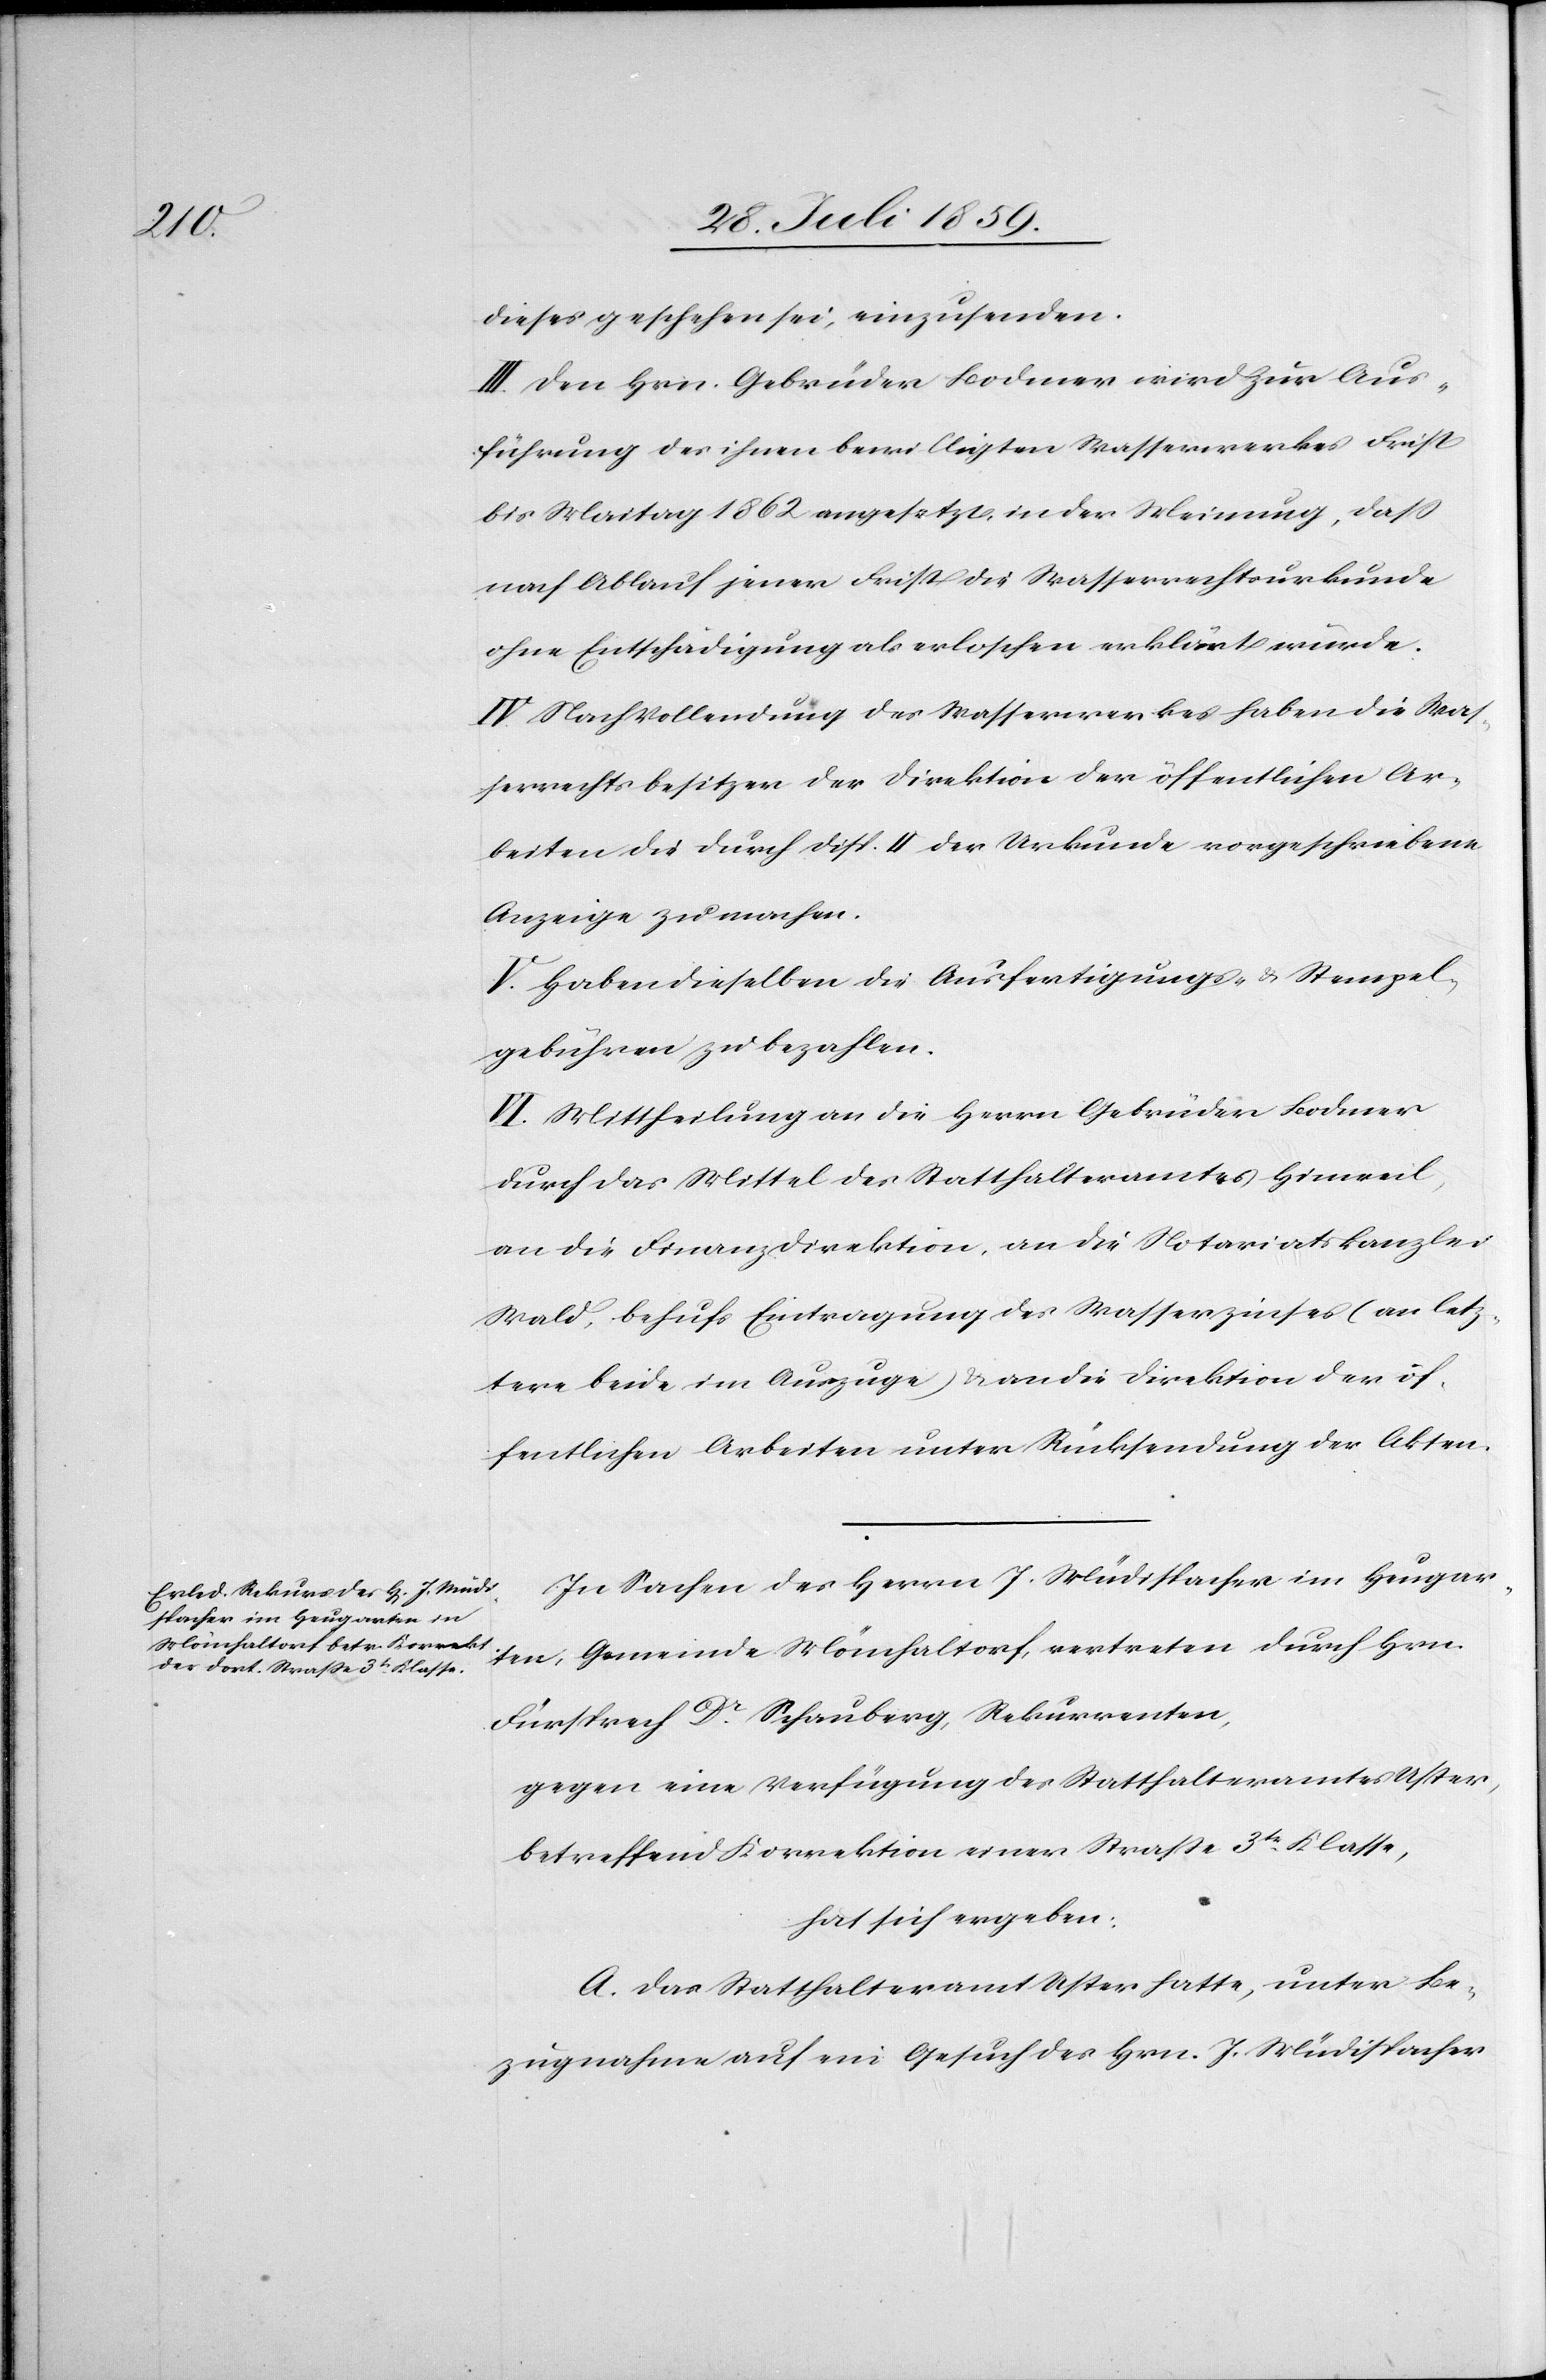
dieses Geschehen sei, einzusenden.
III. Den Hrn. Gebrüder Bodmer wird zur Aus¬
führung des ihnen bewilligten Wasserwerkes Frist
bis Maitag 1862 angesetzt, in der Meinung, daß
nach Ablauf jener Frist die Wasserrechtsurkunde
ohne Entschädigung als erloschen erklärt würde.
IV. Nach Vollendung des Wasserwerkes haben die Was¬
serrechtsbesitzer der Direktion der öffentlichen Ar¬
beiten die durch Disp. II der Urkunde vorgeschriebene
Anzeige zu machen.
V. Haben dieselben die Ausfertigungs- u. Stempel¬
gebühren zu bezahlen.
VI. Mittheilung an die Herren Gebrüder Bodmer
durch das Mittel des Statthalteramtes Hinweil,
an die Finanzdirektion, an die Notariatskanzlei
Wald, behufs Eintragung des Wasserzinses (an letz¬
tere beide im Auszuge) u. an die Direktion der öf¬
fentlichen Arbeiten unter Rücksendung der Akten.
In Sachen des Herrn J. Müdispacher im Heugar¬
ten, Gemeinde Mönchaltorf, vertreten durch Hrn.
Fürsprech Dr. Schauberg, Rekurrenten,
gegen eine Verfügung des Statthalteramtes Uster,
betreffend Korrektion einer Straße 3tr Klasse,
hat sich ergeben:
A. Das Statthalteramt Uster hatte, unter Be¬
zugnahme auf ein Gesuch des Hrn. J. Müdispacher